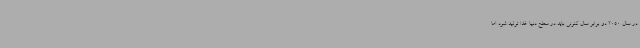
در سال 2050 دو برابر سال کنونی باید در سطح دنیا غذا تولید شود اما